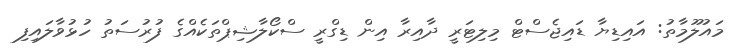
މައުލޫމާތު: އައިޑިޔާ ޑައިޖެސްޓް މިލިޓަރީ ދާއިރާ އިން ޑިގްރީ ސްކޯލާޝިޕްތަކެއްގެ ފުރުސަތު ހުޅުވާލައިފި